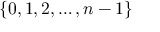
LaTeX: \{ 0 , 1 , 2 , \dots , n - 1 \}